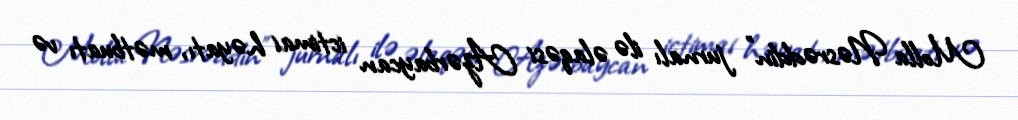
Molla Nəsrəddin" jurnalı ilə əlaqəsi Azərbaycan ictimai həyatı, mətbuatı və